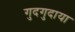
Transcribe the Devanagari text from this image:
गुदगुदाया